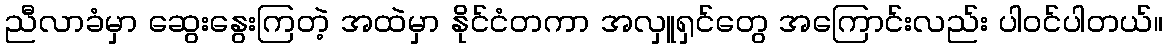
ညီလာခံမှာ ဆွေးနွေးကြတဲ့ အထဲမှာ နိုင်ငံတကာ အလှူရှင်တွေ အကြောင်းလည်း ပါဝင်ပါတယ်။